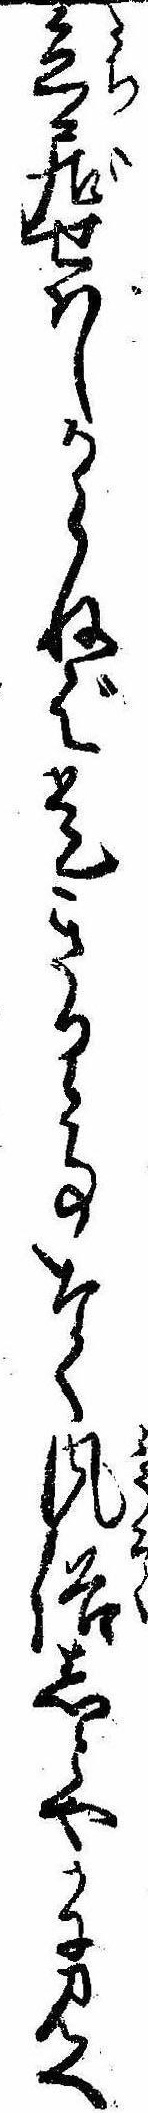
立居せはしからねば是きるゝ事なく風俗しとやかに見へ